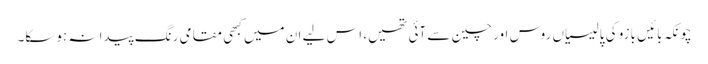
چونکہ بائیں بازو کی پالیسیاں روس اور چین سے آئی تھیں، اس لیے ان میں کبھی مقامی رنگ پیدا نہ ہوسکا۔